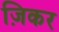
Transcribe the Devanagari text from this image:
ज़िकर